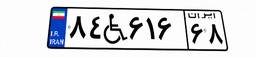
۸۴W۶۱۶۶۸